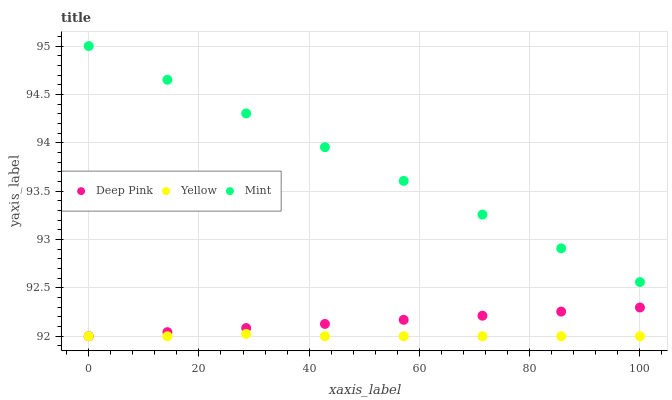
| xaxis_label | Deep Pink | Yellow | Mint |
 | --- | --- | --- | --- |
 | 0 | 92 | 92 | 95 |
 | 14.3 | 92 | 92 | 94.7 |
 | 28.6 | 92.1 | 92 | 94.3 |
 | 42.9 | 92.1 | 92 | 94 |
 | 57.1 | 92.2 | 92 | 93.6 |
 | 71.4 | 92.2 | 92 | 93.3 |
 | 85.7 | 92.3 | 92 | 92.9 |
 | 100 | 92.3 | 92 | 92.6 |